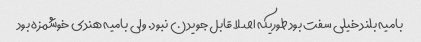
بامیه بلند خیلی سفت بود طوریکه اصلا قابل جویدن نبود. ولی بامیه هندی خوشمزه بود